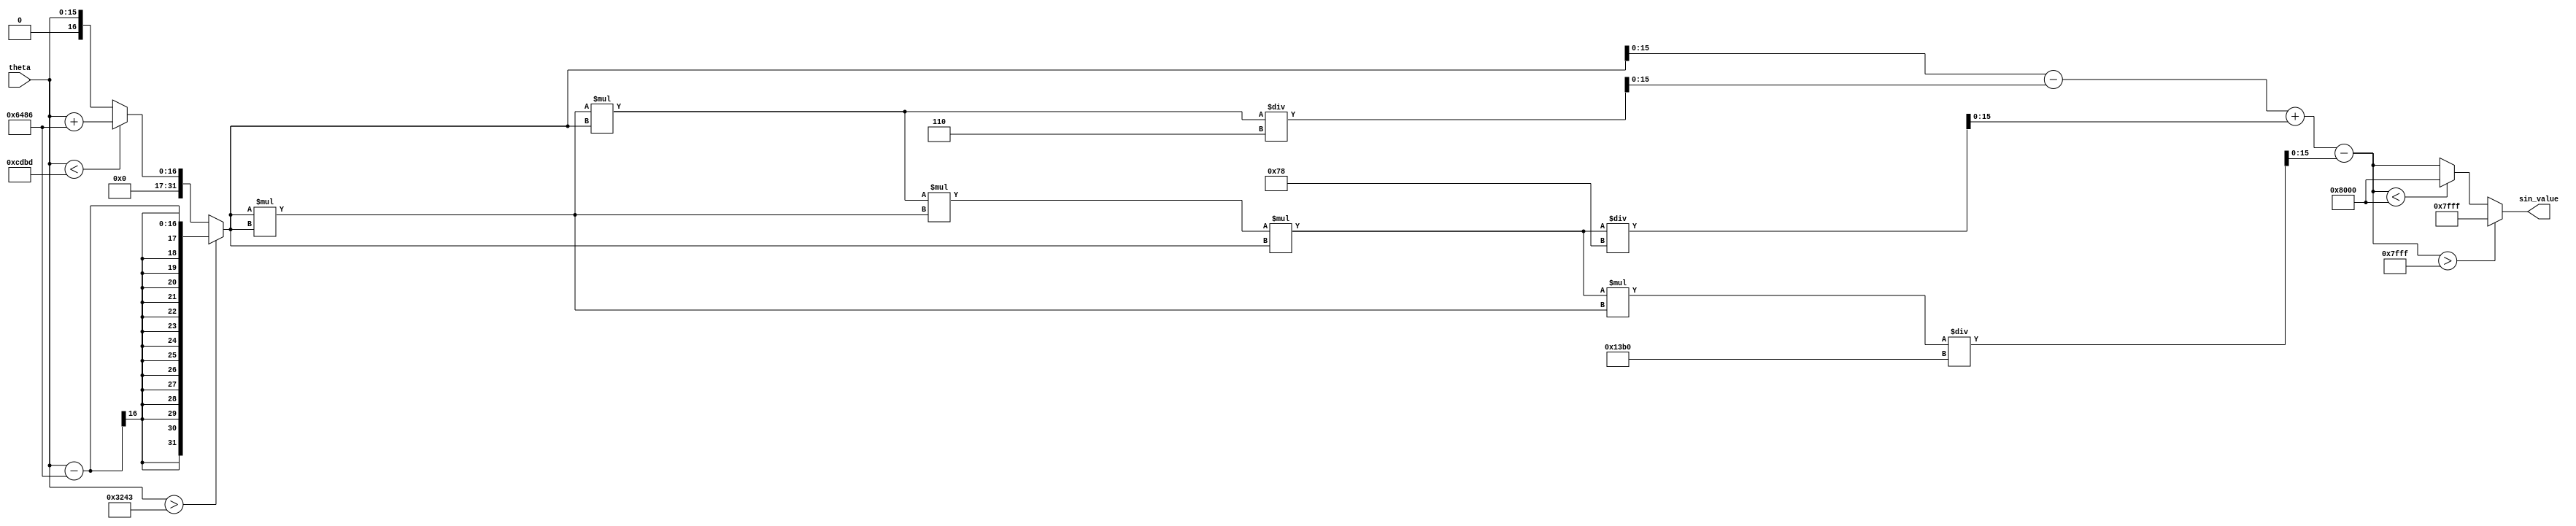
module sine_function (
    input wire [15:0] theta, // Input angle in radians (fixed-point)
    output reg [15:0] sin_value // Output sine value (fixed-point)
);

    // Constants for Taylor series expansion
    parameter PI = 16'h3243; // Approximation of  in fixed-point
    parameter PI_2 = 16'h1921; // Approximation of /2 in fixed-point
    parameter PI_4 = 16'h0C90; // Approximation of /4 in fixed-point

    // Taylor series coefficients for sin(x) = x - x^3/3! + x^5/5! - x^7/7! + ...
    reg [31:0] x; // Extended precision for calculations
    reg [31:0] x2, x3, x5, x7; // Intermediate values
    reg [31:0] factorial3 = 32'd6; // 3!
    reg [31:0] factorial5 = 32'd120; // 5!
    reg [31:0] factorial7 = 32'd5040; // 7!

    // Normalize the angle to the range [-, ]
    always @(*) begin
        if (theta > PI) begin
            x = theta - (2 * PI);
        end else if (theta < -PI) begin
            x = theta + (2 * PI);
        end else begin
            x = theta;
        end

        // Calculate x^2, x^3, x^5, x^7
        x2 = x * x;
        x3 = x2 * x;
        x5 = x3 * x2 * x; // x^5
        x7 = x5 * x2; // x^7

        // Compute sine using Taylor series
        sin_value = (x - (x3 / factorial3) + (x5 / factorial5) - (x7 / factorial7));

        // Ensure the output is clamped to the range [-1, 1]
        if (sin_value > 16'h7FFF) begin
            sin_value = 16'h7FFF; // Clamp to 1
        end else if (sin_value < 16'h8000) begin
            sin_value = 16'h8000; // Clamp to -1
        end
    end

endmodule